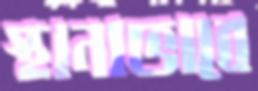
স্থানাভাবে